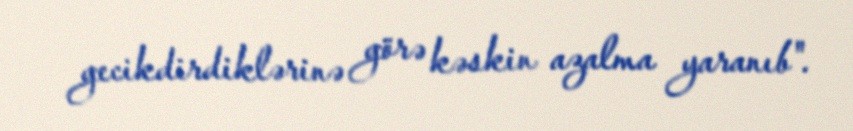
gecikdirdiklərinə görə kəskin azalma yaranıb".